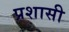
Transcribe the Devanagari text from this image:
प्रशासी